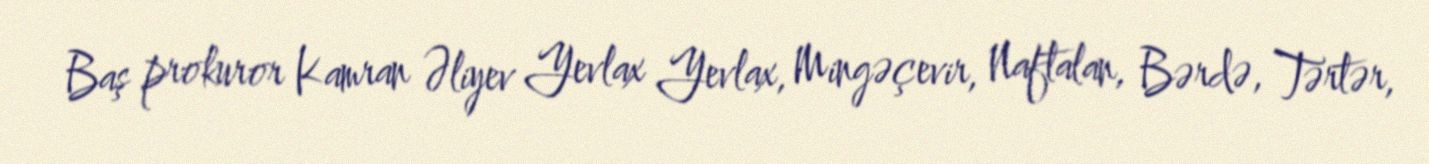
Baş prokuror Kamran Əliyev Yevlax Yevlax, Mingəçevir, Naftalan, Bərdə, Tərtər,